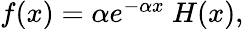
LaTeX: \begin{array}{r}{f(x)=\alpha e^{-\alpha x}\ H(x),}\end{array}